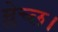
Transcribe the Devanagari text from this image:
म्लेच्छ।